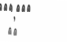
٢٥